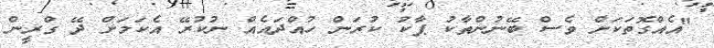
"އެއްގޮތަކަށް ވެސް ބޭނުންތާކު ޕާކު ކުރަން ހުއްދައެއް ނުކުރޭ އެކަމަށް ދޭ ގްރީން